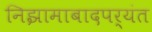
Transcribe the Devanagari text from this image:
निझामाबादपर्यंत